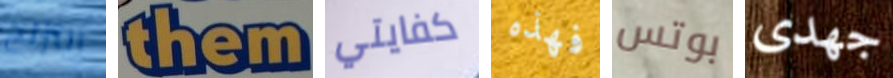
التزلج them كفايتي فهذه بوتس جهدى